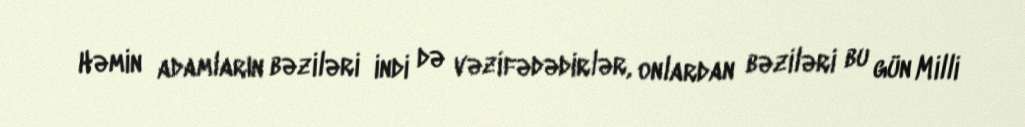
Həmin adamların bəziləri indi də vəzifədədirlər, onlardan bəziləri bu gün Milli